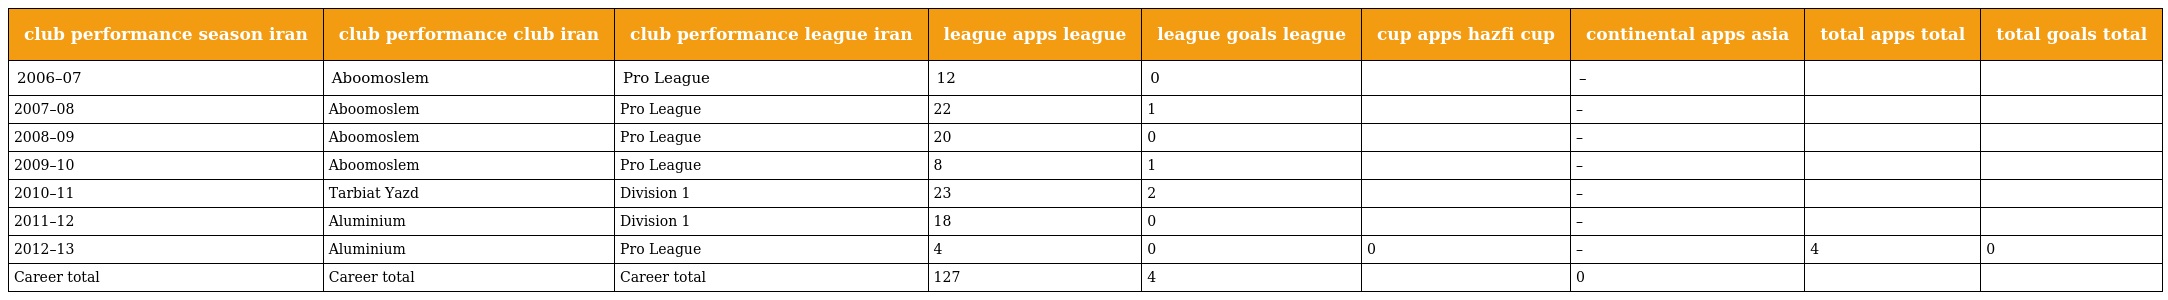
| club performance season iran | club performance club iran | club performance league iran | league apps league | league goals league | cup apps hazfi cup | continental apps asia | total apps total | total goals total |
 | --- | --- | --- | --- | --- | --- | --- | --- | --- |
 | 2006–07 | Aboomoslem | Pro League | 12 | 0 |  | – |  |  |
 | 2007–08 | Aboomoslem | Pro League | 22 | 1 |  | – |  |  |
 | 2008–09 | Aboomoslem | Pro League | 20 | 0 |  | – |  |  |
 | 2009–10 | Aboomoslem | Pro League | 8 | 1 |  | – |  |  |
 | 2010–11 | Tarbiat Yazd | Division 1 | 23 | 2 |  | – |  |  |
 | 2011–12 | Aluminium | Division 1 | 18 | 0 |  | – |  |  |
 | 2012–13 | Aluminium | Pro League | 4 | 0 | 0 | – | 4 | 0 |
 | Career total | Career total | Career total | 127 | 4 |  | 0 |  |  |